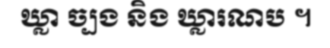
ឃ្លា ច្បង និង ឃ្លារណប ។